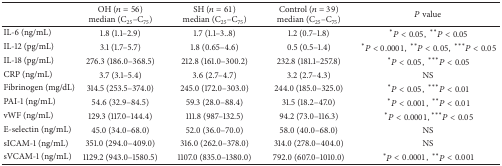
<table><thead><tr><td><b> </b></td><td><b>OH (<i>n</i> = 56)median (C<sub>25</sub>–C<sub>75</sub>)</b></td><td><b>SH (<i>n</i> = 61)median (C<sub>25</sub>–C<sub>75</sub>)</b></td><td><b>Control (<i>n</i> = 39)median (C<sub>25</sub>–C<sub>75</sub>)</b></td><td><b><i>P</i> value</b></td></tr></thead><tbody><tr><td>IL-6 (ng/mL)</td><td>1.8 (1.1–2.9)</td><td>1.7 (1.1–3..8)</td><td>1.2 (0.7–1.8)</td><td> *<i>P</i> &lt; 0.05, **<i>P</i> &lt; 0.05</td></tr><tr><td>IL-12 (pg/mL)</td><td>3.1 (1.7–5.7)</td><td>1.8 (0.65–4.6)</td><td>0.5 (0.5–1.4)</td><td> *<i>P</i> &lt; 0.0001, **<i>P</i> &lt; 0.05, ***<i>P</i> &lt; 0.05</td></tr><tr><td>IL-18 (pg/mL)</td><td>276.3 (186.0–368.5)</td><td>212.8 (161.0–300.2)</td><td>232.8 (181.1–257.8)</td><td> *<i>P</i> &lt; 0.05, ***<i>P</i> &lt; 0.05</td></tr><tr><td>CRP (ng/mL)</td><td>3.7 (3.1–5.4)</td><td>3.6 (2.7–4.7)</td><td>3.2 (2.7–4.3)</td><td>NS</td></tr><tr><td>Fibrinogen (mg/dL)</td><td>314.5 (253.5–374.0)</td><td>245.0 (172.0–303.0)</td><td>244.0 (185.0–325.0)</td><td> *<i>P</i> &lt; 0.05, ***<i>P</i> &lt; 0.01</td></tr><tr><td>PAI-1 (ng/mL)</td><td>54.6 (32.9–84.5)</td><td>59.3 (28.0–88.4)</td><td>31.5 (18.2–47.0)</td><td> *<i>P</i> &lt; 0.001, **<i>P</i> &lt; 0.01</td></tr><tr><td>vWF (ng/mL)</td><td>129.3 (117.0–144.4)</td><td>111.8 (987–132.5)</td><td>94.2 (73.0–116.3)</td><td> *<i>P</i> &lt; 0.0001,***<i>P</i> &lt; 0.05</td></tr><tr><td>E-selectin (ng/mL)</td><td>45.0 (34.0–68.0)</td><td>52.0 (36.0–70.0)</td><td>58.0 (40.0–68.0)</td><td>NS</td></tr><tr><td>sICAM-1 (ng/mL)</td><td>351.0 (294.0–409.0)</td><td>316.0 (262.0–378.0)</td><td>314.0 (278.0–404.0)</td><td>NS</td></tr><tr><td>sVCAM-1 (ng/mL)</td><td>1129.2 (943.0–1580.5)</td><td>1107.0 (835.0–1380.0)</td><td>792.0 (607.0–1010.0)</td><td> *<i>P</i> &lt; 0.0001, **<i>P</i> &lt; 0.001</td></tr></tbody></table>